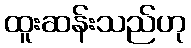
ထူးဆန်းသည်ဟု